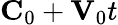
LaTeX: {\mathbf C}_{0}+{\mathbf V}_{0}t